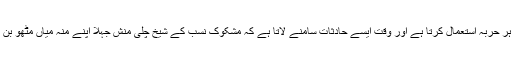
ان حالات میں جاہل بھی اپنی جہالت کا انعام حاصل کرنے کی خاطر ہر حربہ استعمال کرتا ہے اور وقت ایسے حادثات سامنے لاتا ہے کہ مشکوک نسب کے شیخ چلی منش جہلا اپنے منہ میاں مٹھو بن کر کفن پھاڑ پھاڑ کر اپنی جعل سازی کی تحسین پر مصر رہتے ہیں۔